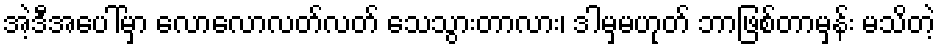
အဲ့ဒီအပေါ်မှာ လောလောလတ်လတ် သေသွားတာလား၊ ဒါမှမဟုတ် ဘာဖြစ်တာမှန်း မသိတဲ့